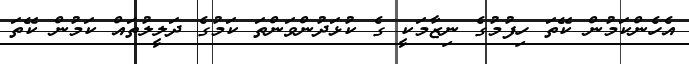
އެހެންކަމުން ކޭތަ ހިފުމުގެ ނިޒާމަކީ ގެ ކުޅަދުންވަންތަ ކަމުގެ ދަލީލުތައް ކަމުން ކޭތަ